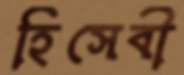
হিসেবী